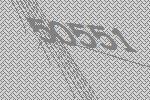
50551